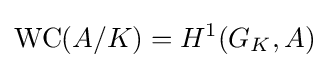
\mathrm {WC} (A/K)=H^{1}(G_{K},A)